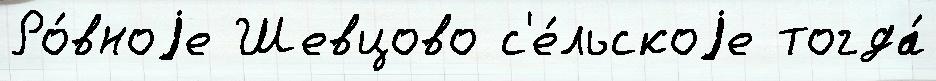
Ро́вноjе Шевцово с'е́льскоjе тогда́